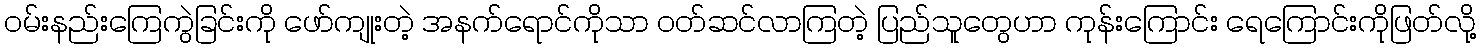
ဝမ်းနည်းကြေကွဲခြင်းကို ဖော်ကျုးတဲ့ အနက်ရောင်ကိုသာ ဝတ်ဆင်လာကြတဲ့ ပြည်သူတွေဟာ ကုန်းကြောင်း ရေကြောင်းကိုဖြတ်လို့